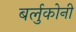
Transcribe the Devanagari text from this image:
बर्लुकोनी